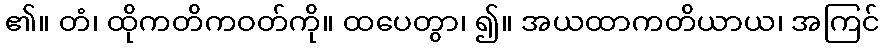
၏။ တံ၊ ထိုကတိကဝတ်ကို။ ထပေတွာ၊ ၍။ အယထာကတိယာယ၊ အကြင်